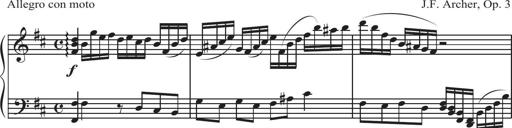
Title: Sonatina Espania
Composer: Jerald Franklin Archer
Key: Various